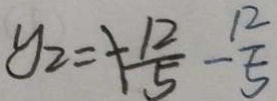
y _ { 2 } = + \frac { 1 2 } { 5 } - \frac { 1 2 } { 5 }